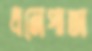
ধনেপাতা